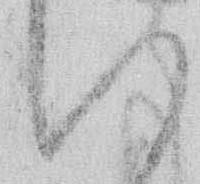
い